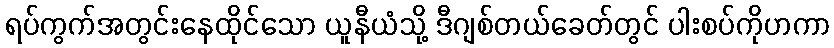
ရပ်ကွက်အတွင်းနေထိုင်သော ယူနီယံသို့ ဒီဂျစ်တယ်ခေတ်တွင် ပါးစပ်ကိုဟကာ